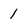
Character: 1